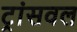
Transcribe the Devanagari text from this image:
ट्रांसवल